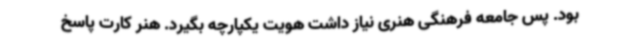
بود. پس جامعه فرهنگی هنری نیاز داشت هویت یکپارچه بگیرد. هنر کارت پاسخ